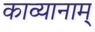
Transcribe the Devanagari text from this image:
काव्यानाम्